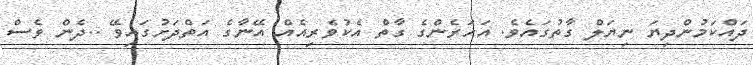
ދައްކަމުންދިޔަ ނިޔަލް ގާތުގައެވެ. އަހަރެންގެ ގާތް އެކުވެރިއެއް އޭނާގެ އަތްދަށުގައިވޭ ..ދެން ވެސް